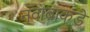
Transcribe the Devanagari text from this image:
नवाबाकडे